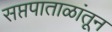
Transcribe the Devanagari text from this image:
सप्तपाताळांतून